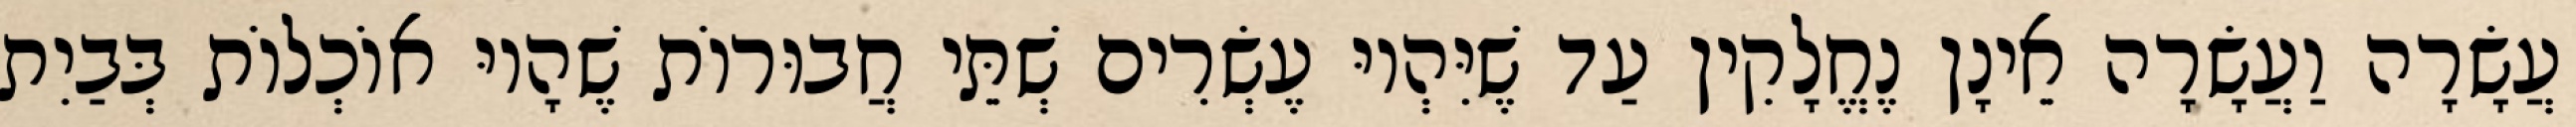
עֲשָׂרָה וַעֲשָׂרָה אֵינָן נֶחֱלָקִין עַד שֶׁיִּהְיוּ עֶשְׂרִים שְׁתֵּי חֲבוּרוֹת שֶׁהָיוּ אוֹכְלוֹת בְּבַיִת